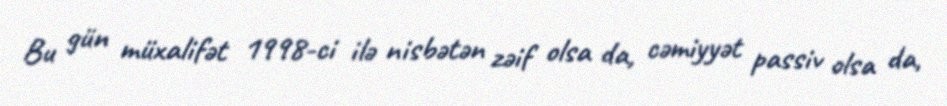
Bu gün müxalifət 1998-ci ilə nisbətən zəif olsa da, cəmiyyət passiv olsa da,